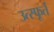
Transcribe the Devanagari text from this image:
उत्‍स्फूर्त